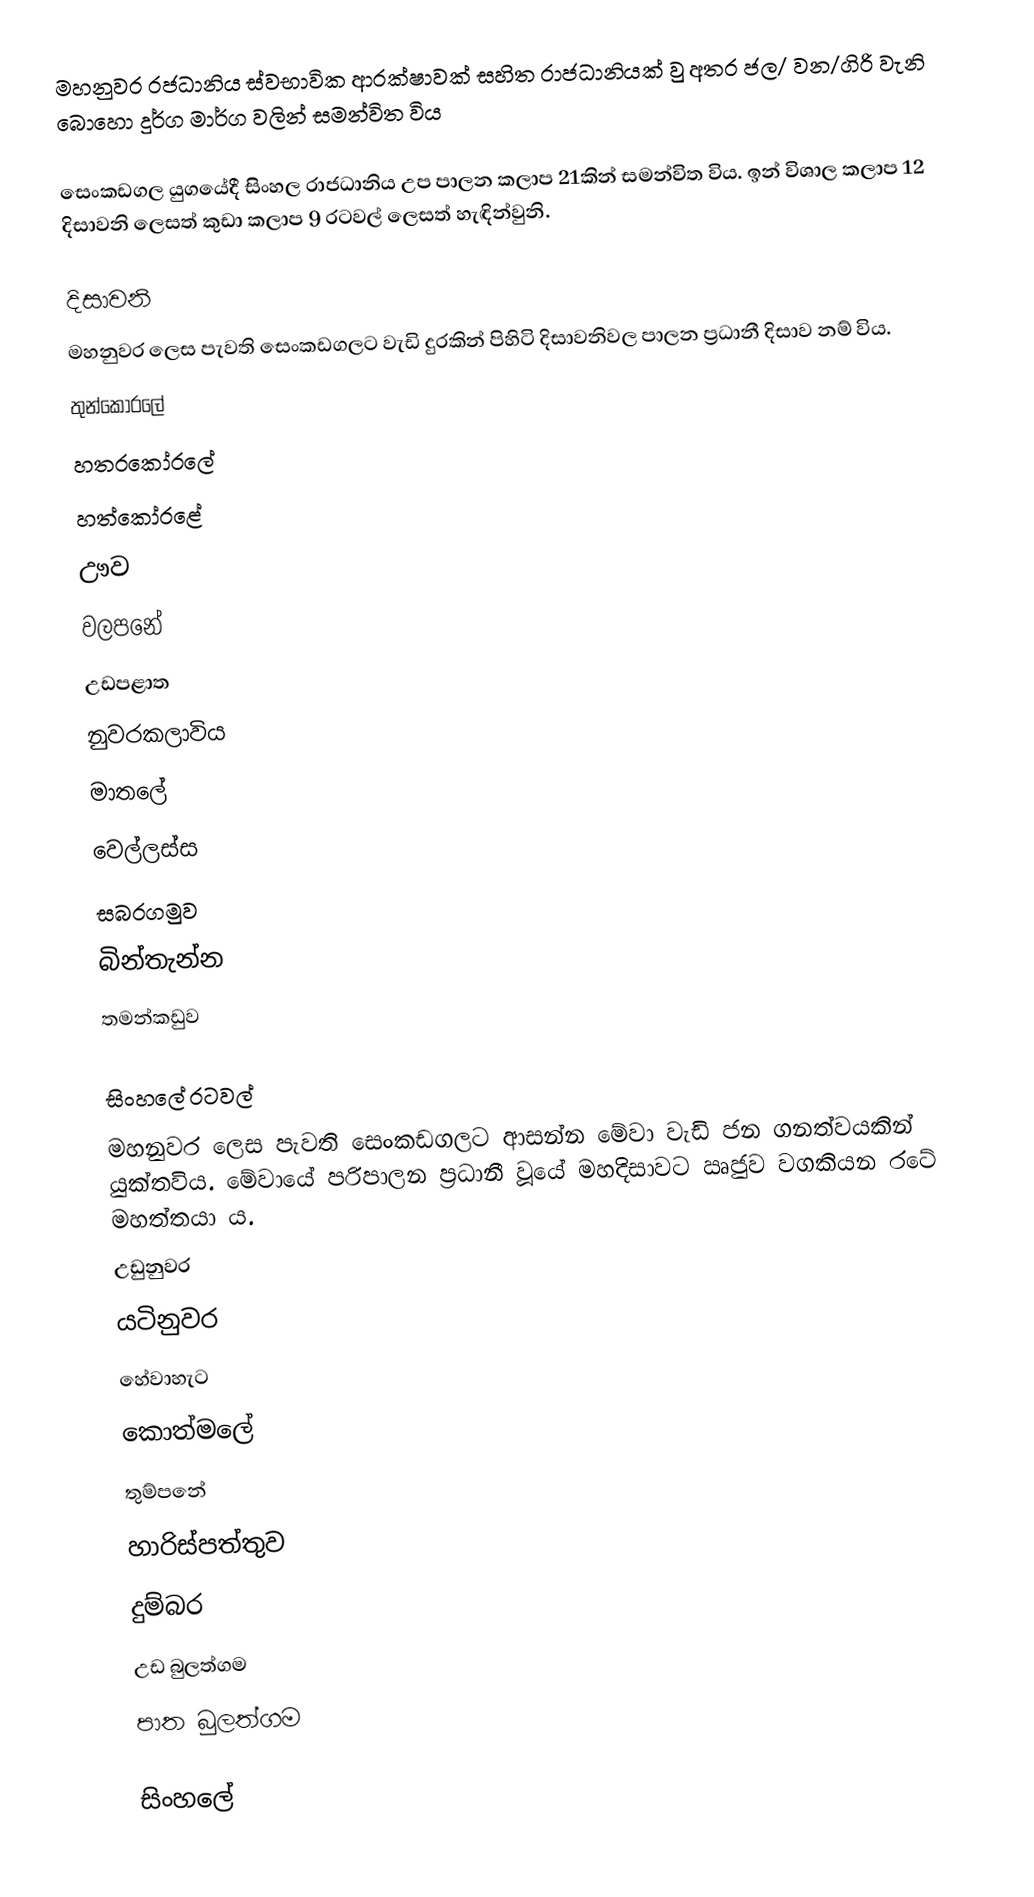
මහනුවර රජධානිය ස්වභාවික ආරක්ෂාවක් සහිත රාජධානියක් වු අතර ජල/ වන/ගිරි වැනි බොහො දුර්ග මාර්ග වලින් සමන්විත විය

සෙංකඩගල යුගයේදී සිංහල රාජධානිය උප පාලන කලාප 21කින් සමන්විත විය. ඉන් විශාල කලාප 12 දිසාවනි ලෙසත් කුඩා කලාප 9 රටවල් ලෙසත් හැඳින්වුනි.

දිසාවනි
මහනුවර ලෙස පැවති සෙංකඩගලට වැඩි දුරකින් පිහිටි දිසාවනිවල පාලන ප්‍රධානී දිසාව නම් විය.
 තුන්කෝරලේ
 හතරකෝරලේ
 හත්කෝරළේ
 ඌව
 වලපනේ
 උඩපළාත
 නුවරකලාවිය
 මාතලේ
 වෙල්ලස්ස
 සබරගමුව
 බින්තැන්න
 තමන්කඩුව

සිංහලේ ර‍ටවල්
මහනුවර ලෙස පැවති සෙංකඩගලට ආසන්න මේවා වැඩි ජන ගනත්වයකින් යුක්තවිය.  මේවායේ පරිපාලන ප්‍රධානී වූයේ මහදිසාවට ඍජුව වගකියන රටේ මහත්තයා ය.
 උඩුනුවර
 යටිනුවර
 හේවාහැට
 කොත්මලේ
 තුම්පනේ
 හාරිස්පත්තුව
 දුම්බර
 උඩ බුලත්ගම
 පාත බුලත්ගම

සිංහලේ